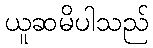
ယူဆမိပါသည်